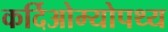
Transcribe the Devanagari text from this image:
कर्दिओम्योपथ्य